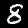
Digit: 8